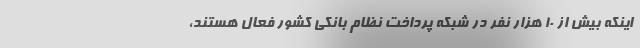
اینکه بیش از ۱۰ هزار نفر در شبکه پرداخت نظام بانکی کشور فعال هستند،